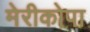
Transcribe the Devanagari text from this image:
मेरीकोपा